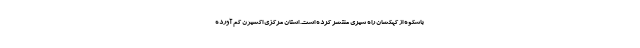
باشکوه از کهکشان راه شیری منتشر کرده است. استان مرکزی اکسیژن کم آورده